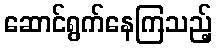
ဆောင်ရွက်နေကြသည့်